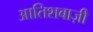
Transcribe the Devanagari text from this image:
आतिशबाज़ीे